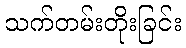
သက်တမ်းတိုးခြင်း